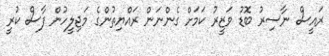
ރައީސް ނާސިރު ބޮޑު ވަޒީރު ކަމަށް ގެންނަން ރައްޔިތުންގެ މަޖިލީހުން ފާސް ކުރީ